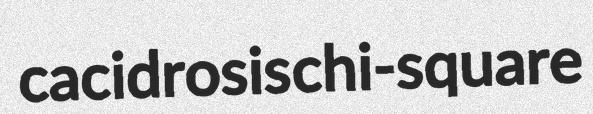
cacidrosis chi-square